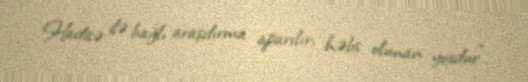
Hadisə ilə bağlı araşdırma aparılır, həbs olunan yoxdur”.